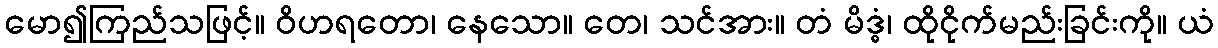
မော၍ကြည်သဖြင့်။ ဝိဟရတော၊ နေသော။ တေ၊ သင်အား။ တံ မိဒ္ဓံ၊ ထိုငိုက်မည်းခြင်းကို။ ယံ